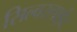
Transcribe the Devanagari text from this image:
सिल्वरलाईट